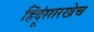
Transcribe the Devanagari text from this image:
हिंदूंसारखेच